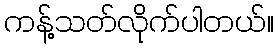
ကန့်သတ်လိုက်ပါတယ်။